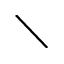
\diagdown